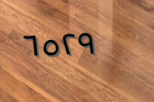
٦٥٢٩